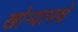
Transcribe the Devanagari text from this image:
खोऱ्यामधे